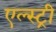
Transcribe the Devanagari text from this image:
एल्स्ट्री